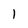
Character: 1